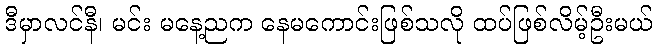
ဒီမှာလင်နီ၊ မင်း မနေ့ညက နေမကောင်းဖြစ်သလို ထပ်ဖြစ်လိမ့်ဦးမယ်